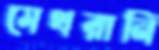
মেথরানি